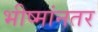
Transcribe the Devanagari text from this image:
भीष्मांनतर